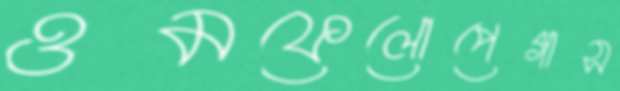
ওমফেলোপেগাস